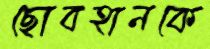
ছোবহানকে